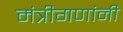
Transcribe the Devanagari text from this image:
मंत्रीगणांनी